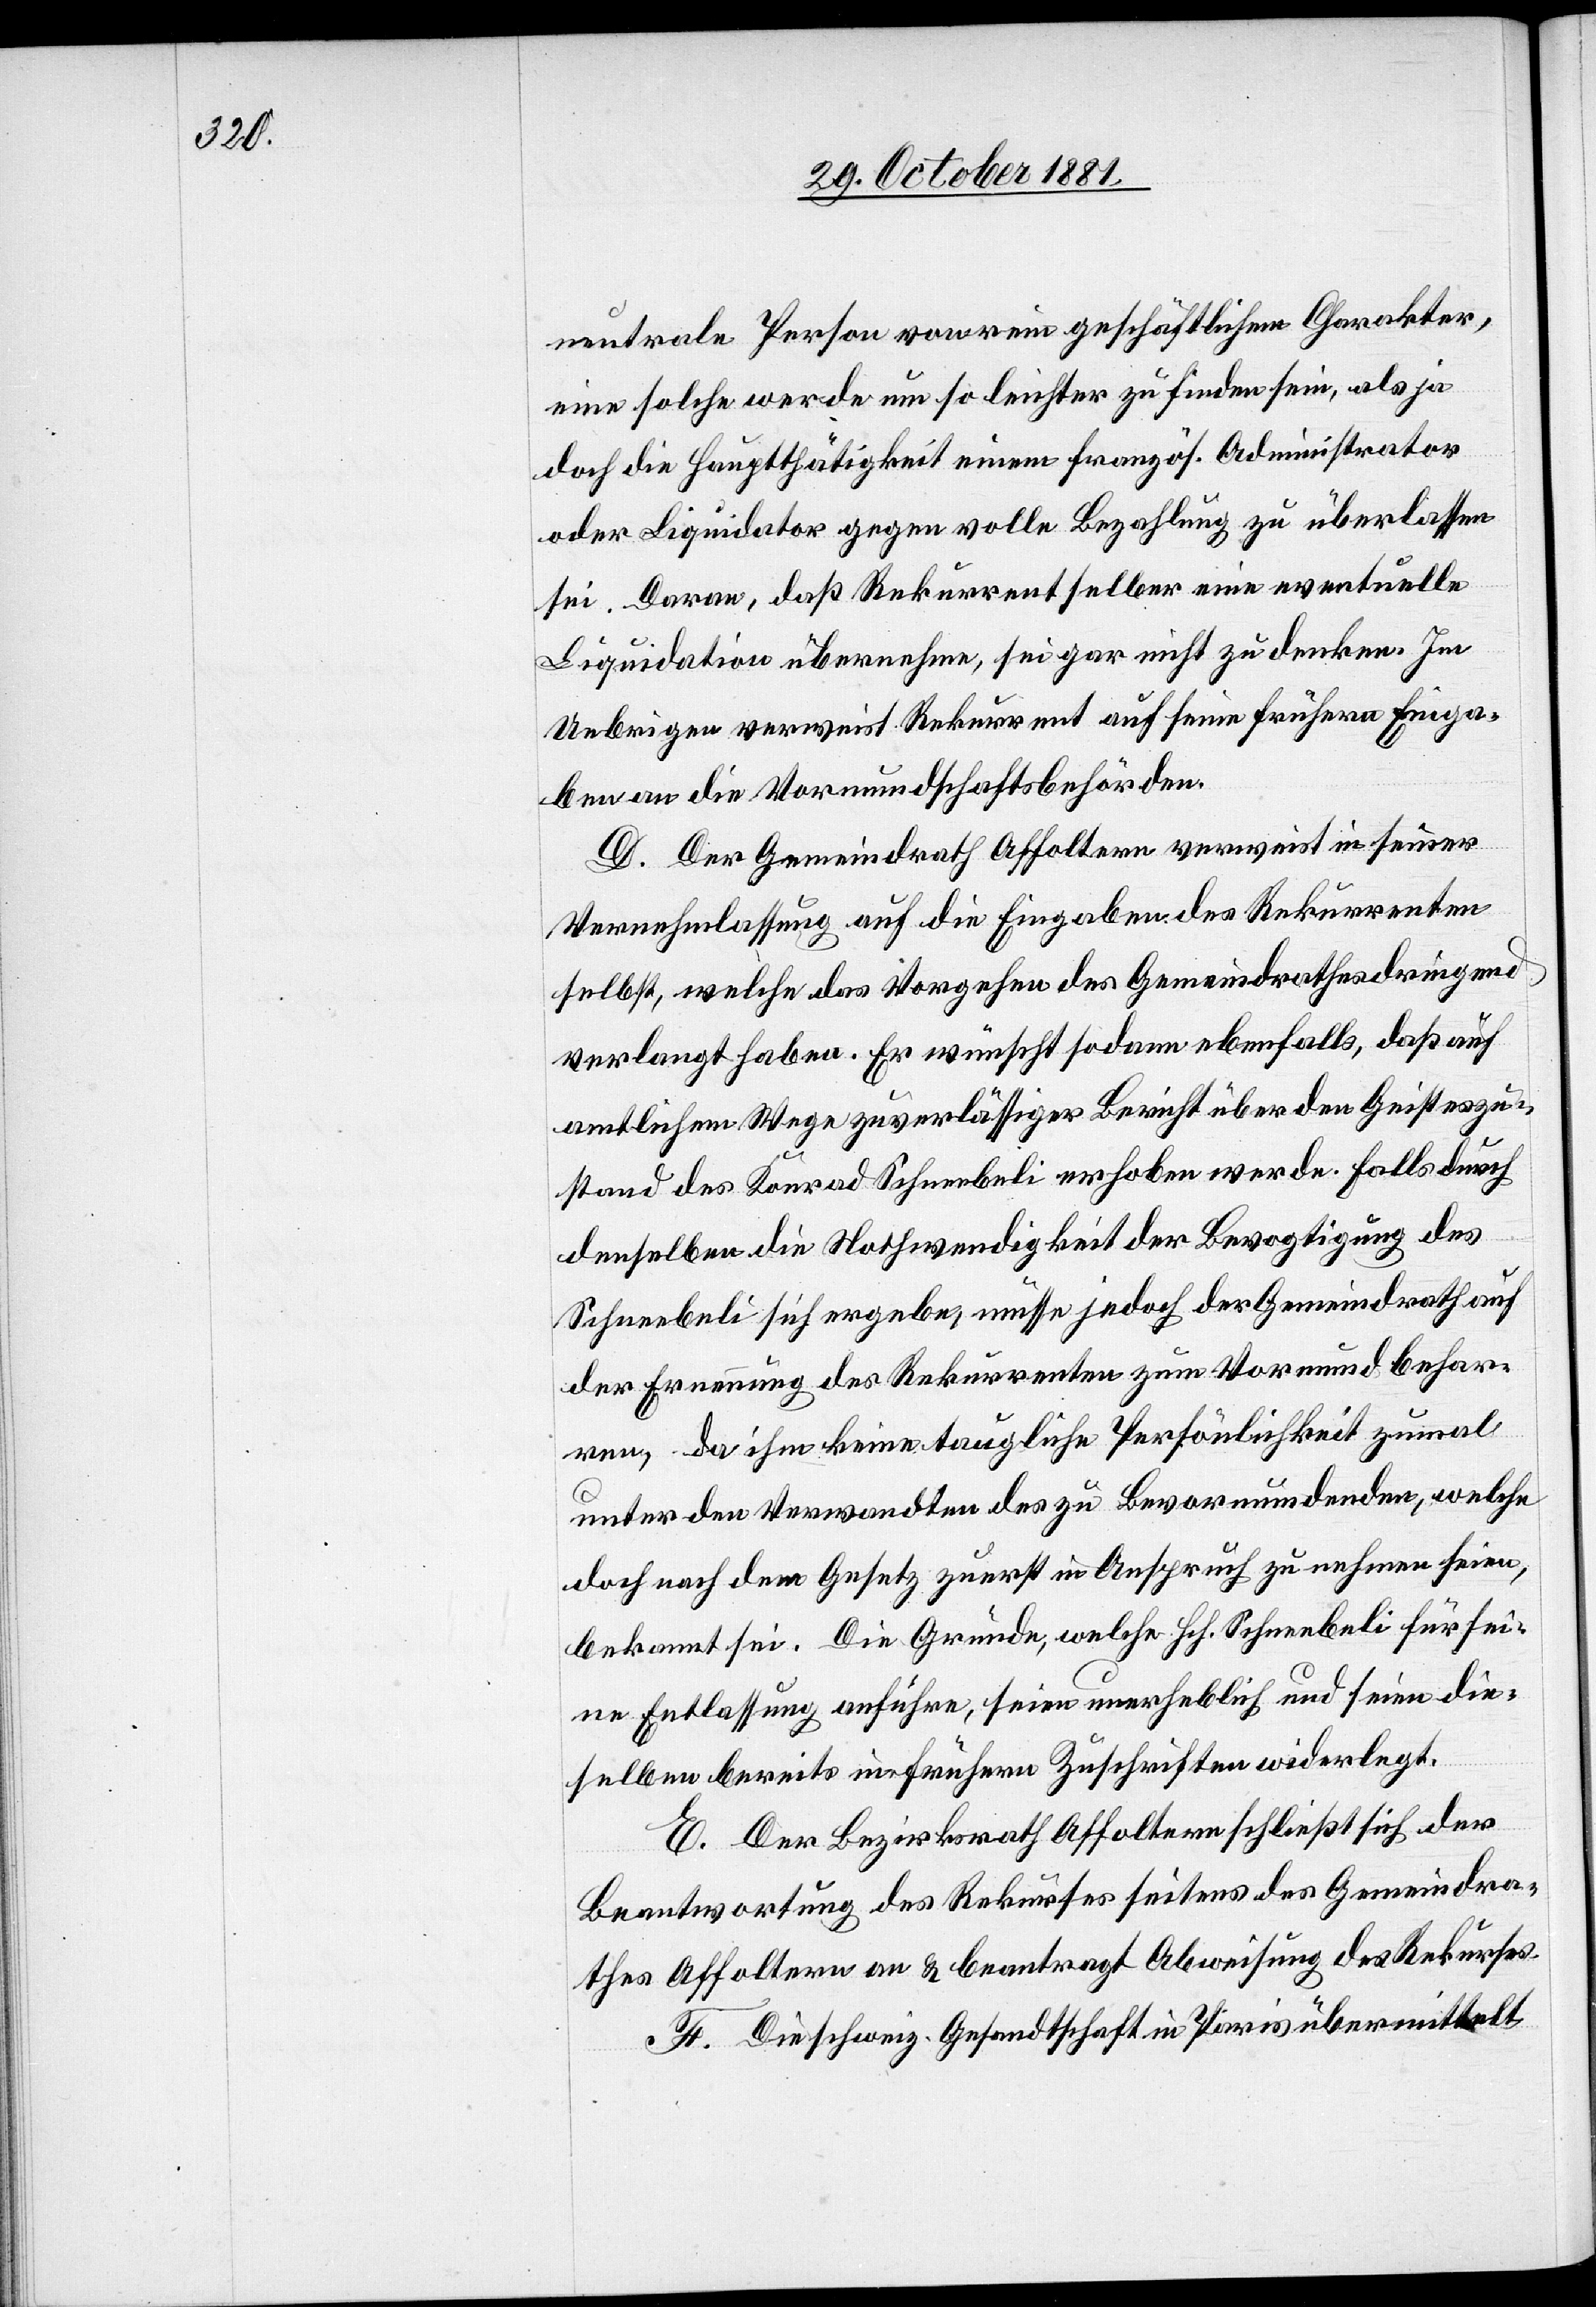
neutrale Person von rein geschäftlichem Charakter,
eine solche werde um so leichter zu finden sein, als ja
doch die Hauptthätigkeit einem französ. Administrator
oder Liquidator gegen volle Bezahlung zu überlassen
sei. Daran, daß Rekurrent selber eine eventuelle
Liquidation übernehme, sei gar nicht zu denken. Im
Uebrigen verweist Rekurrent auf seine frühern Einga¬
ben an die Vormundschaftsbehörden.
D. Der Gemeindrath Affoltern verweist in seiner
Vernehmlassung auf die Eingaben des Rekurrenten
selbst, welche das Vorgehen des Gemeindrathes dringend
verlangt haben. Er wünscht sodann ebenfalls, daß auf
amtlichem Wege zuverlässiger Bericht über den Geisteszu¬
stand des Konrad Schneebeli erhoben werde. Falls durch
denselben die Nothwendigkeit der Bevogtigung des
Schneebelich sich ergebe, müsse jedoch der Gemeindrath auf
der Ernennung des Rekurrenten zum Vormund behar¬
ren, da ihm keine taugliche Persönlichkeit zumal
unter den Verwandten des zu Bevormundenden, welche
doch nach dem Gesetz zuerst in Anspruch zu nehmen seien,
bekannt sei. Die Gründe, welche Hch. Schneebeli für sei¬
ne Entlassung anführe, seien unerheblich und seien die¬
selben bereits in frühern Zuschriften widerlegt.
E. Der Bezirksrath Affoltern schließt sich der
Beantwortung des Rekurses seitens des Gemeindra¬
thes Affoltern an & beantragt Abweisung des Rekurses.
F. Die schweiz. Gesandtschaft in Paris übermittelt